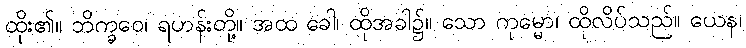
ထိုး၏။ ဘိက္ခဝေ၊ ရဟန်းတို့။ အထ ခေါ၊ ထိုအခါ၌။ သော ကုမ္မော၊ ထိုလိပ်သည်။ ယေန၊